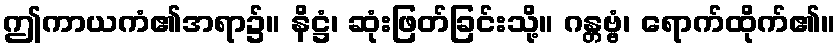
ဤကာယကံ၏အရာ၌။ နိဋ္ဌံ၊ ဆုံးဖြတ်ခြင်းသို့။ ဂန္တဗ္ဗံ၊ ရောက်ထိုက်၏။